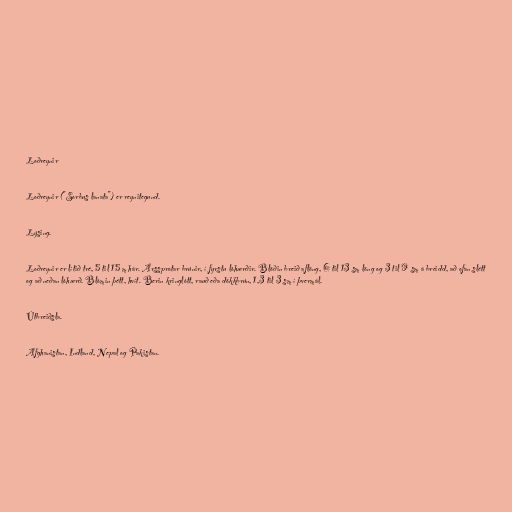
Loðreynir

Loðreynir ("Sorbus lanata") er reynitegund.

Lýsing.

Loðreynir er lítið tré, 5 til 15 m hár. Árssprotar brúnir, í fyrstu lóhærðir. Blöðin breið aflöng, 6 til 13 sm löng og 3 til 9 sm á breidd, að ofan slétt
og að neðan lóhærð. Blómin þétt, hvít. Berin kringlótt, rauð eða dökkbrún, 1,3 til 3 sm í þvermál.

Útbreiðsla.

Afghanistan, Indland, Nepal og Pakistan.